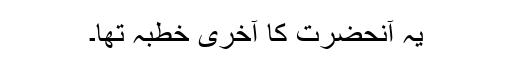
یہ آنحضرت کا آخری خطبہ تھا۔